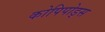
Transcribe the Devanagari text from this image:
कोपिपोड्स